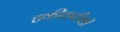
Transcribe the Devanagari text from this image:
हकीकतीशी